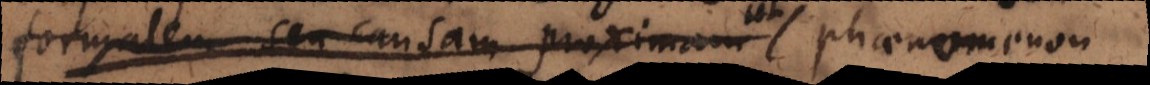
formalem seu causam proximam phaenomenon